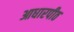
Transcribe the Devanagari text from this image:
आधारपीठ